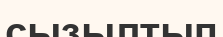
сызылтып